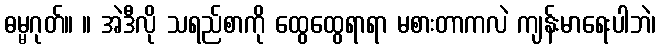
ဓမ္မဂုတ်။ ။ အဲဒီလို သရည်စာကို ထွေထွေရာရာ မစားတာကလဲ ကျန်းမာရေးပါဘဲ၊